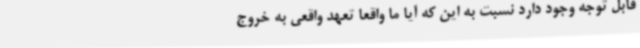
قابل توجه وجود دارد نسبت به این که آیا ما واقعا تعهد واقعی به خروج